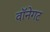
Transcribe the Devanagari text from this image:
वॉनेगट